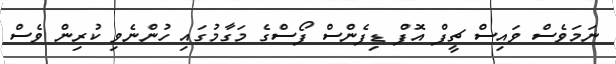
ނަމަވެސް ވައިސް ޗީފް އޮފް ޑިފެންސް ފޯސްގެ މަގާމުގައި ހުންނެވި ކުރިން ވެސް